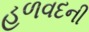
હળવદની